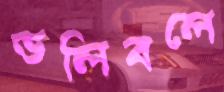
ভলিবলে